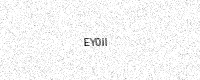
Text: EY0II